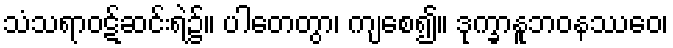
သံသရာဝဋ်ဆင်းရဲ၌။ ပါတေတွာ၊ ကျစေ၍။ ဒုက္ခာနူဘဝနဿေဝ၊